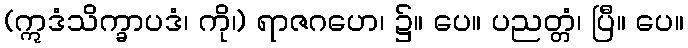
(ဣဒံသိက္ခာပဒံ၊ ကို၊) ရာဇဂဟေ၊ ၌။ ပေ။ ပညတ္တံ၊ ပြီ။ ပေ။